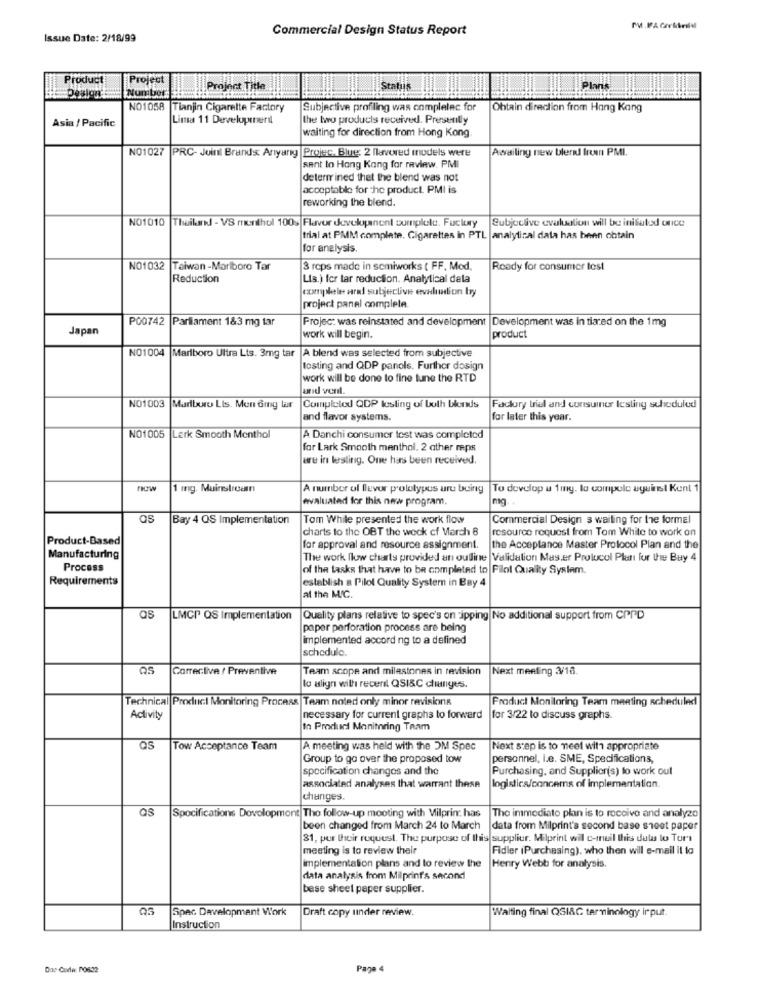
Commercial Design Status Report
Issue Date: 2/18/99
Product
Project
Project Title
Statiis
Nun bor
NO1058
Tianjin Cigarette Factory
Subjective profiling was complelec for
Obtain direction from Hang Kang
Asia / Pacific
Lima 11 Developmenil
the two products received. Presently
waiting for direction from Hong Kong
NO1027 PRC- Juinl Brands: Arıyang Projec. Blue; 2 flavored models were
Awailing new blend Irom PMI.
sent to Hang Kang for review. PMI
determined thet the blend was not
acceptable for the product. PMI is
reworking the blend.
NO1010 |Thailand - VS monthol 100s Flavor developinent cumplele. Fuclury
Subjeclive evaluation will be initiated once
trial at PMM complete. Cigarettes in PTL |analytical data has been obtain
for analysis,
NO1032 Taiwan-Marlboro Tar
3 reps made in semiworks ( FF, Med.
Ready for consumer test
Reduction
Lis.) for tar reduction. Analytical dela
complete ard subjective evaluation by
project panel complete.
P00742 Parliament 1&3 mg tar
Projec: was reinstated and development |Development was in tiared on the 1mg
Japan
work will begin.
product
NO1004 |Marlboro Ultra Lts. 3mg tar |A blend was selected from subjective
testing and QDP panels. Further design
work will be done to fine tune the RTD
unid vent.
NO1003 Marlboro Lis. Men Ging lar
Completed QDP testing of both blonds
Factory trial and consumer testing scheduled
and flavor systems.
for later this year.
NO1005
LErk Smooth Menthol
A Danchi consumer tost was completed
for Lark Smooth menthol. 2 ather reps
are in testing. One has been received.
1 mg. Mainstream
A number of llevar prototypes uru being
To develop a 1 mg. lo compolo aguinst Kent 1
evaluated for this new program.
mg ..
as
Bay 4 OS Implementation
Tom While presented the work flow
Commercial Design s waiting for the formal
charts to the OBT the week cf March 8
resource request from Tom White to work on
Product-Based
for approval and resource assignment.
the Acceptance Master Protocol Plan and the
Manufacturing
The work flow charts provided an outline Validation Mas.er Protocol Pluri for the Buy 4
Process
of the tasks that have to be completed to Filol Quality System.
Requirements
establish a Pilot Quality System in Bay 4
at the M/C.
LMCP QS Implementation
Quality plans relative to spec's on ipping No additional support from CPPD
paper perforation process are being
implemented according to a defined
schedule.
Corrective / Preventive
Team scope and milestones in revision
Next meeting 3/18.
lo align with recent QSI&C changes.
Technical Product Monitoring Process Team noted only minor revisions
Product Monitoring Team meeting scheduled
Activity
necessary for current graphs to forward
for 3/22 to discuss graphs.
In Produced Monitoring Team
Tow Acceptance Team
A meeting was held with the OM Spec
Next step is to meet with appropriate
Group to go over the proposed tow
personnel, le. SME, Specifications,
specification changes and the
Purchasing, and Supplier(s) to work out
associated analyses that warrant these
logistics/concerns of implementation.
changes.
OS
Specifications Development The follow-up mooting with Milprin: has
The immediato plan is to receive and analyzo
been changed from March 24 to March
data from Milprint's second base sheet paper
31, per their request. The purpose of this supplier. Milprint wil c-mail this data to Tori
meeting is to review their
Fidler (Purchasing), who then will e-mail il lo
implementation plans and to review the
Henry Webb for analysis.
data analysis from Milprinf's second
bese sheet paper supplier.
Spec Development Work
Draft copy under review.
Waiting final QSI&C terminology irput.
Instruction
Page 4